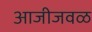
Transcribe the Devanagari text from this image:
आजीजवळ